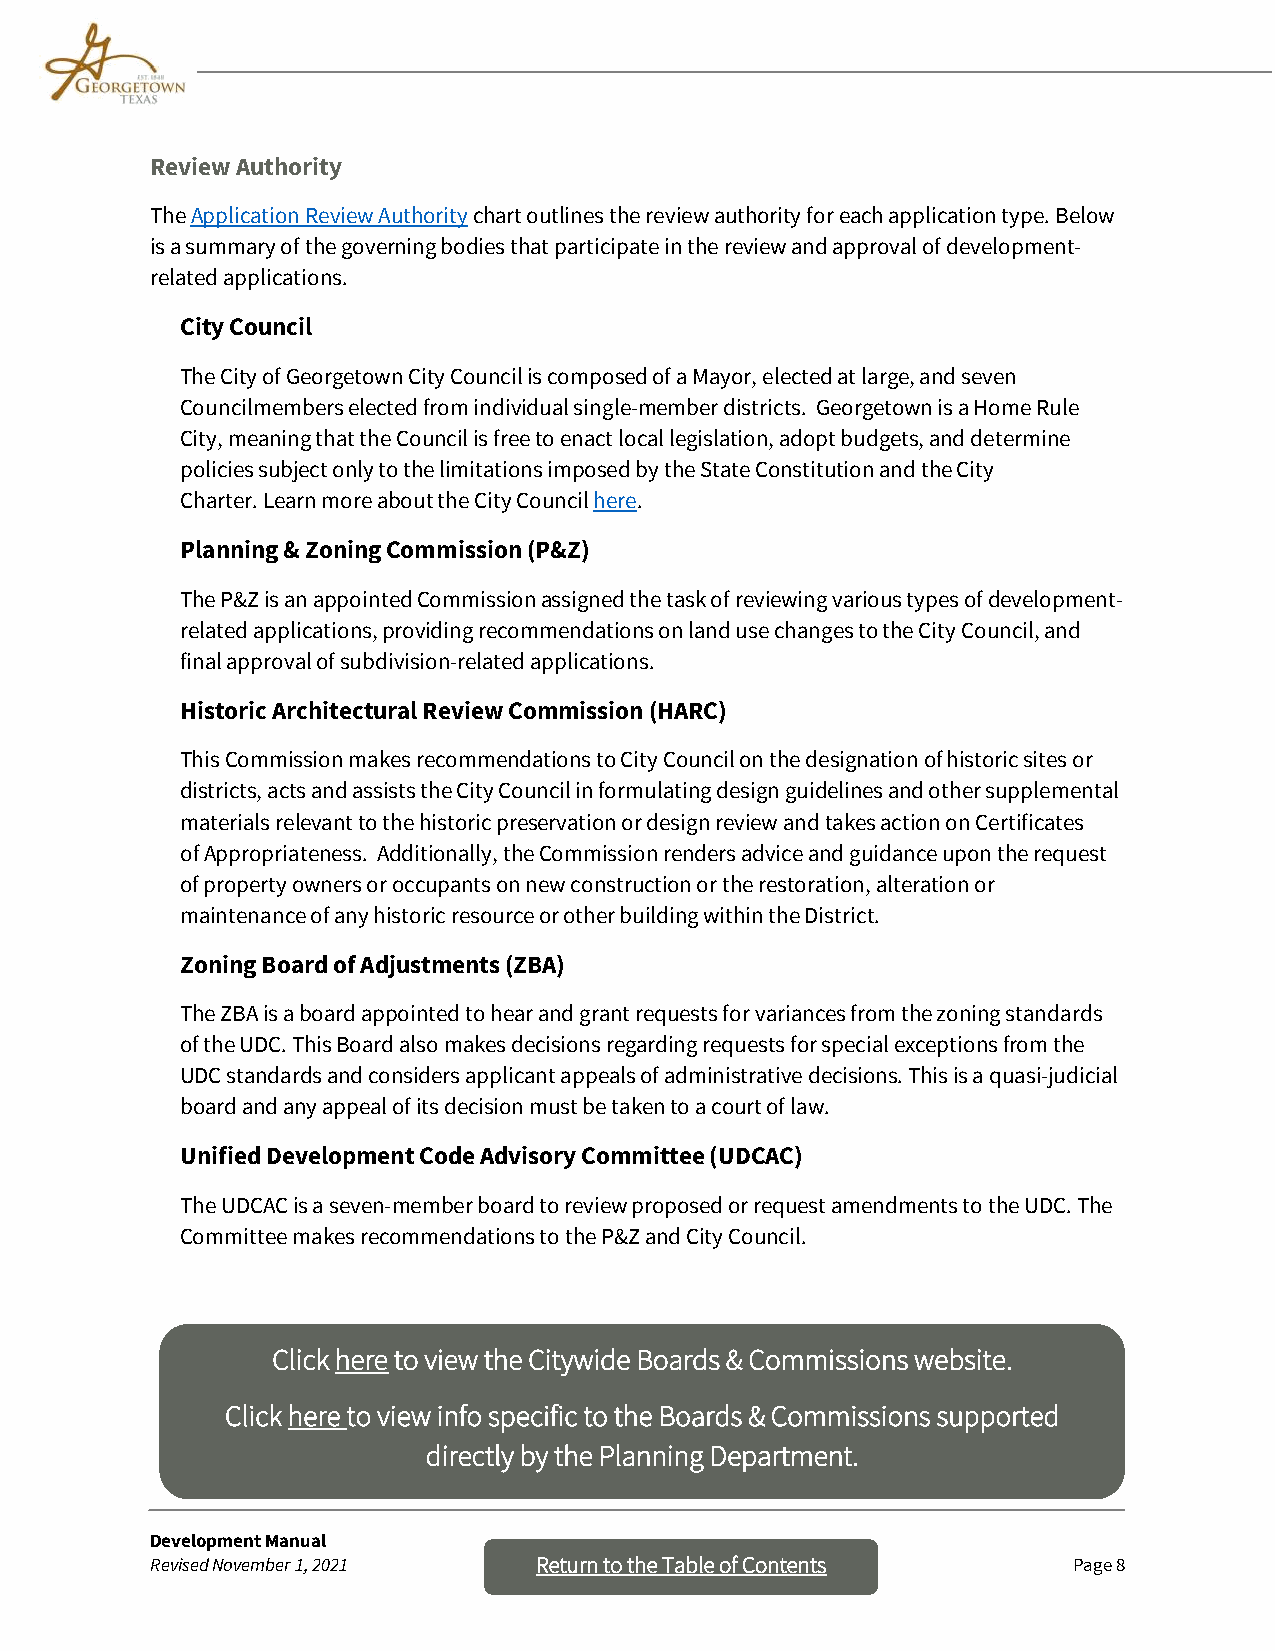
Review Authority
 The Application Review Authority chart outlines the review authority for each application type. Below
 is a summary of the governing bodies that participate in the review and approval of development-
 related applications.
 City Council
 The City of Georgetown City Council is composed of a Mayor, elected at large, and seven
 Councilmembers elected from individual single-member districts. Georgetown is a Home Rule
 City, meaning that the Council is free to enact local legislation, adopt budgets, and determine
 policies subject only to the limitations imposed by the State Constitution and the City
 Charter. Learn more about the City Council here.
 Planning & Zoning Commission (P&Z)
 The P&Z is an appointed Commission assigned the task of reviewing various types of development-
 related applications, providing recommendations on land use changes to the City Council, and
 final approval of subdivision-related applications.
 Historic Architectural Review Commission (HARC)
 This Commission makes recommendations to City Council on the designation of historic sites or
 districts, acts and assists the City Council in formulating design guidelines and other supplemental
 materials relevant to the historic preservation or design review and takes action on Certificates
 of Appropriateness. Additionally, the Commission renders advice and guidance upon the request
 of property owners or occupants on new construction or the restoration, alteration or
 maintenance of any historic resource or other building within the District.
 Zoning Board of Adjustments (ZBA)
 The ZBA is a board appointed to hear and grant requests for variances from the zoning standards
 of the UDC. This Board also makes decisions regarding requests for special exceptions from the
 UDC standards and considers applicant appeals of administrative decisions. This is a quasi-judicial
 board and any appeal of its decision must be taken to a court of law.
 Unified Development Code Advisory Committee (UDCAC)
 The UDCAC is a seven-member board to review proposed or request amendments to the UDC. The
 Committee makes recommendations to the P&Z and City Council.
 Click here to view the Citywide Boards & Commissions website.
 Click here to view info specific to the Boards & Commissions supported
 directly by the Planning Department.
 Development Manual
 Revised November 1, 2021 Return to th e Table of Contents    Page 8